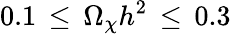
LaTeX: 0.1\, \le\, \Omega_{\chi}h^{2}\, \le\, 0.3